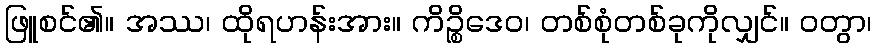
ဖြူစင်၏။ အဿ၊ ထိုရဟန်းအား။ ကိဉ္စိဒေဝ၊ တစ်စုံတစ်ခုကိုလျှင်။ ဝတွာ၊